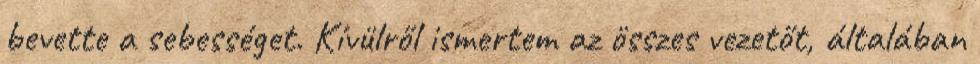
bevette a sebességet. Kívülről ismertem az összes vezetőt, általában